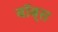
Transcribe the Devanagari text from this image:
बॉब्स